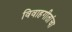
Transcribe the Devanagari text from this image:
विवाहगीतांचा